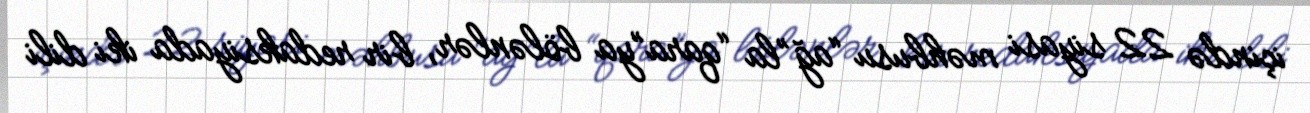
içində 22 siyasi məhbusu “ağ”la “qara”ya bölənlər, bir redaksiyada iki dili